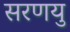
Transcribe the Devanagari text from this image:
सरणयु